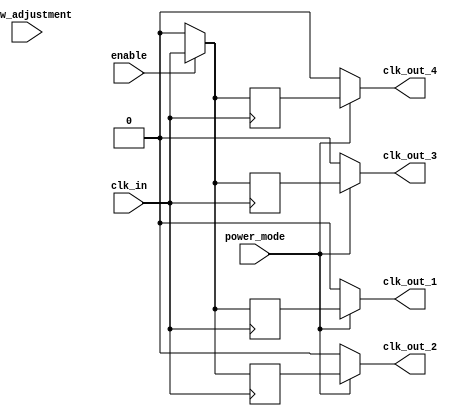
module skew_optimized_clock_buffer (
    input wire clk_in,                   // Clock input
    input wire enable,                   // Enable signal for outputs
    input wire [1:0] skew_adjustment,    // Skew adjustment control
    input wire power_mode,               // Power management mode
    output wire clk_out_1,               // Output clock for memory block 1
    output wire clk_out_2,               // Output clock for memory block 2
    output wire clk_out_3,               // Output clock for memory block 3
    output wire clk_out_4                // Output clock for memory block 4
);

    // Parameter definitions for delay
    parameter BASE_DELAY = 2;            // Base propagation delay in time units
    parameter MAX_DELAY = 10;             // Maximum delay to support skew adjustment

    reg [3:0] delay_adjustment;           // Delay adjustment for fine-tuning
    reg clk_buf [3:0];                    // Buffered clocks for output

    // Clock buffering and skew optimization
    always @(posedge clk_in) begin
        if (enable) begin
            // Calculate delay based on skew adjustment
            delay_adjustment = BASE_DELAY + skew_adjustment;

            // Apply delay to each output clock based on the adjustment
            clk_buf[0] <= #(delay_adjustment) clk_in;
            clk_buf[1] <= #(delay_adjustment + 1) clk_in; // Additional skew for each output
            clk_buf[2] <= #(delay_adjustment + 2) clk_in;
            clk_buf[3] <= #(delay_adjustment + 3) clk_in;
        end
        else begin
            // Power management: Disable clock outputs 
            clk_buf[0] <= 1'b0;
            clk_buf[1] <= 1'b0;
            clk_buf[2] <= 1'b0;
            clk_buf[3] <= 1'b0;
        end
    end

    // Output assignment
    assign clk_out_1 = (power_mode) ? clk_buf[0] : 1'b0;
    assign clk_out_2 = (power_mode) ? clk_buf[1] : 1'b0;
    assign clk_out_3 = (power_mode) ? clk_buf[2] : 1'b0;
    assign clk_out_4 = (power_mode) ? clk_buf[3] : 1'b0;

    // Testability: Test points can be added here if needed
endmodule